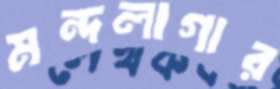
মন্দলাগার